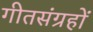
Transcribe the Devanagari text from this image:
गीतसंग्रहों